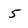
Character: 5